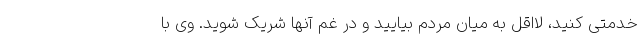
خدمتی کنید، لااقل به میان مردم بیایید و در غم آنها شریک شوید. وی با